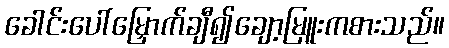
ခေါင်းပေါ်မြှောက်ချီ၍ချော့မြူးကစားသည်။